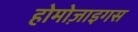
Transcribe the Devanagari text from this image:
होमोज़ाइगस